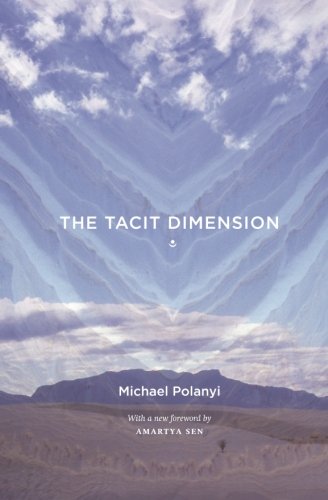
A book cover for The Tacit Dimension; Michael Polanyi; Politics & Social Sciences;